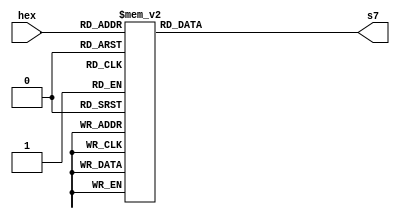
module h27seg (
    input wire [3:0] hex,
    output reg [6:0] s7
    );

    always @(*)
        case (hex)
            // Segments - gfedcba
            4'h0: s7 = 7'b1000000;
            4'h1: s7 = 7'b1111001;
            4'h2: s7 = 7'b0100100;
            4'h3: s7 = 7'b0110000;
            4'h4: s7 = 7'b0011001;
            4'h5: s7 = 7'b0010010;
            4'h6: s7 = 7'b0000010;
            4'h7: s7 = 7'b1111000;
            4'h8: s7 = 7'b0000000;
            4'h9: s7 = 7'b0010000;
            4'hA: s7 = 7'b0001000;
            4'hB: s7 = 7'b0000011;
            4'hC: s7 = 7'b1000110;
            4'hD: s7 = 7'b0100001;
            4'hE: s7 = 7'b0000110;
            4'hF: s7 = 7'b0001110;
            default: s7 = 7'b1111111;
        endcase 

endmodule